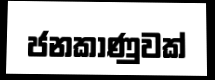
ජනකාණුවක්